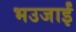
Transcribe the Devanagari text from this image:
भउजाईं